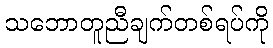
သဘောတူညီချက်တစ်ရပ်ကို